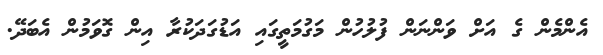
އެންމެން ގެ އަށް ވަންނަން ފުލުހުން މަގުމަތީގައި އަޑުގަދަކުރާ އިން ގޮވަމުން އެބަދޭ.